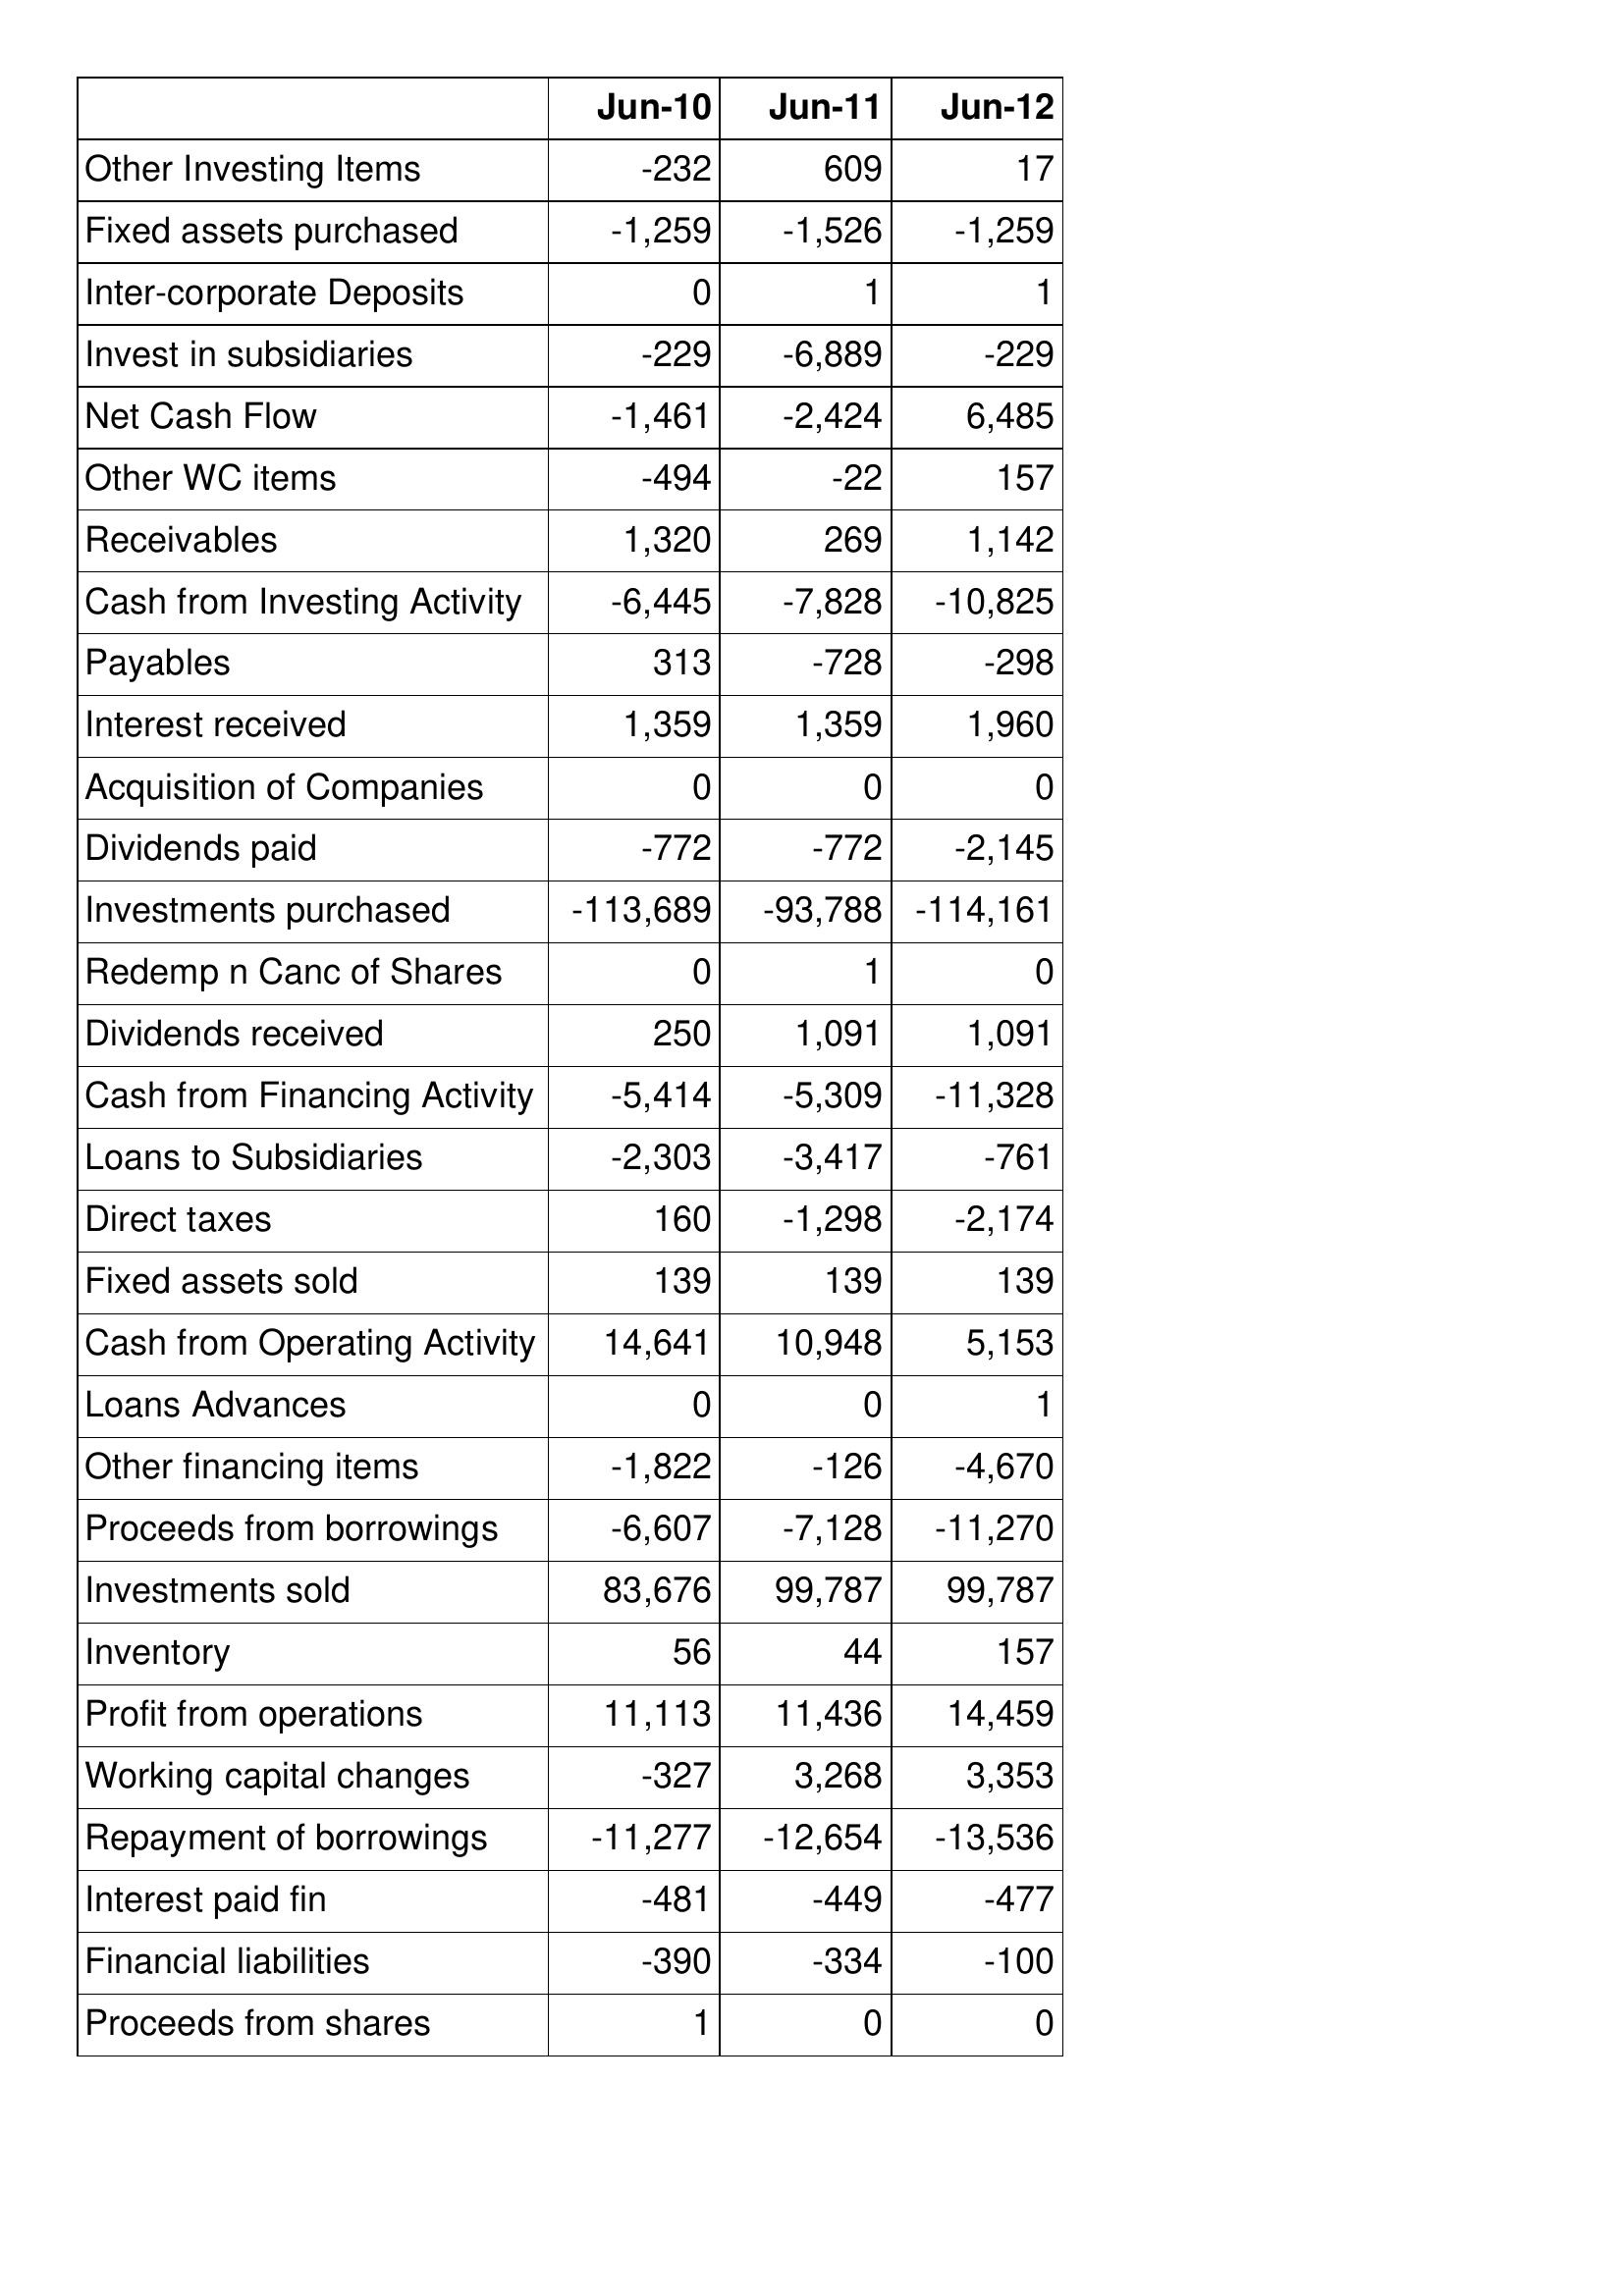
Jun-10: Cash Flows: Other Investing Items: -232
Fixed assets purchased: -1,259
Inter-corporate Deposits: 0
Invest in subsidiaries: -229
Net Cash Flow: -1,461
Other WC items: -494
Receivables: 1,320
Cash from Investing Activity: -6,445
Payables: 313
Interest received: 1,359
Acquisition of Companies: 0
Dividends paid: -772
Investments purchased: -113,689
Redemp n Canc of Shares: 0
Dividends received: 250
Cash from Financing Activity: -5,414
Loans to Subsidiaries: -2,303
Direct taxes: 160
Fixed assets sold: 139
Cash from Operating Activity: 14,641
Loans Advances: 0
Other financing items: -1,822
Proceeds from borrowings: -6,607
Investments sold: 83,676
Inventory: 56
Profit from operations: 11,113
Working capital changes: -327
Repayment of borrowings: -11,277
Interest paid fin: -481
Financial liabilities: -390
Proceeds from shares: 1
Jun-11: Cash Flows: Other Investing Items: 609
Fixed assets purchased: -1,526
Inter-corporate Deposits: 1
Invest in subsidiaries: -6,889
Net Cash Flow: -2,424
Other WC items: -22
Receivables: 269
Cash from Investing Activity: -7,828
Payables: -728
Interest received: 1,359
Acquisition of Companies: 0
Dividends paid: -772
Investments purchased: -93,788
Redemp n Canc of Shares: 1
Dividends received: 1,091
Cash from Financing Activity: -5,309
Loans to Subsidiaries: -3,417
Direct taxes: -1,298
Fixed assets sold: 139
Cash from Operating Activity: 10,948
Loans Advances: 0
Other financing items: -126
Proceeds from borrowings: -7,128
Investments sold: 99,787
Inventory: 44
Profit from operations: 11,436
Working capital changes: 3,268
Repayment of borrowings: -12,654
Interest paid fin: -449
Financial liabilities: -334
Proceeds from shares: 0
Jun-12: Cash Flows: Other Investing Items: 17
Fixed assets purchased: -1,259
Inter-corporate Deposits: 1
Invest in subsidiaries: -229
Net Cash Flow: 6,485
Other WC items: 157
Receivables: 1,142
Cash from Investing Activity: -10,825
Payables: -298
Interest received: 1,960
Acquisition of Companies: 0
Dividends paid: -2,145
Investments purchased: -114,161
Redemp n Canc of Shares: 0
Dividends received: 1,091
Cash from Financing Activity: -11,328
Loans to Subsidiaries: -761
Direct taxes: -2,174
Fixed assets sold: 139
Cash from Operating Activity: 5,153
Loans Advances: 1
Other financing items: -4,670
Proceeds from borrowings: -11,270
Investments sold: 99,787
Inventory: 157
Profit from operations: 14,459
Working capital changes: 3,353
Repayment of borrowings: -13,536
Interest paid fin: -477
Financial liabilities: -100
Proceeds from shares: 0